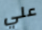
علي